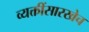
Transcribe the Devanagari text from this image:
व्यक्तींसारखेच